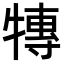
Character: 𭷰